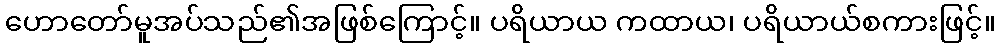
ဟောတော်မူအပ်သည်၏အဖြစ်ကြောင့်။ ပရိယာယ ကထာယ၊ ပရိယာယ်စကားဖြင့်။